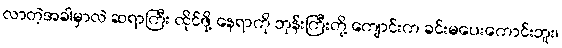
လာတဲ့အခါမှာလဲ ဆရာကြီး ထိုင်ဖို့ နေရာကို ဘုန်းကြီးတို့ ကျောင်းက ခင်းမပေးကောင်းဘူး၊